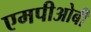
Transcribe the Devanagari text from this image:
एमपीओबी